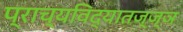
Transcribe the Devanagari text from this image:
प्राच्यविद्यातज्‍ज्ञ